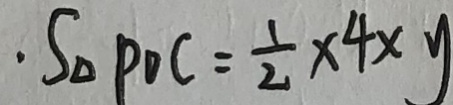
\cdot S _ { \Delta } P D C = \frac { 1 } { 2 } \times 4 \times y